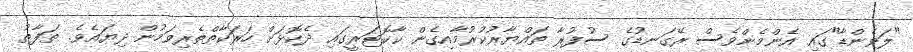
"ލަވެންޑާ"ގައި އެންމެންވެސް ރޭގަނޑުގެ ސުފުރާ ތައްޔާރުކުރުމާއިގެން ކާކޮޓަރީގައި ދެކޮޅަށް ހަރަކާތްތެރިވަމުން ދިޔައެވެ. ތަފާތު